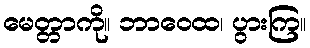
မေတ္တာကို။ ဘာဝေထ၊ ပွားကြ။